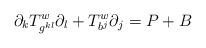
LaTeX: \begin{align*}\partial_k T^w_{g^{kl}} \partial_l + T^w_{b^j} \partial_j = P + B\end{align*}